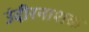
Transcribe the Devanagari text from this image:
उंदीरनाशक